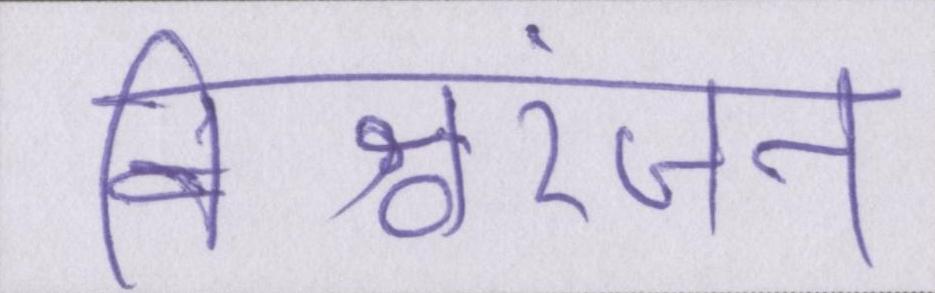
विश्वरंजन